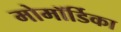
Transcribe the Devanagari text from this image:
मोमॉर्डिका